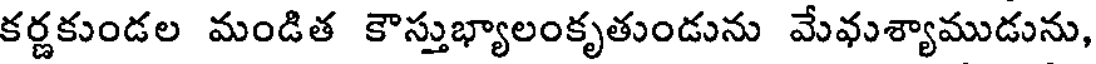
కర్ణకుండల మండిత కౌస్తుభ్యాలంకృతుండును మేవుశ్యాముడును,